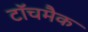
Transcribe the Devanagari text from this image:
टॉचमैक